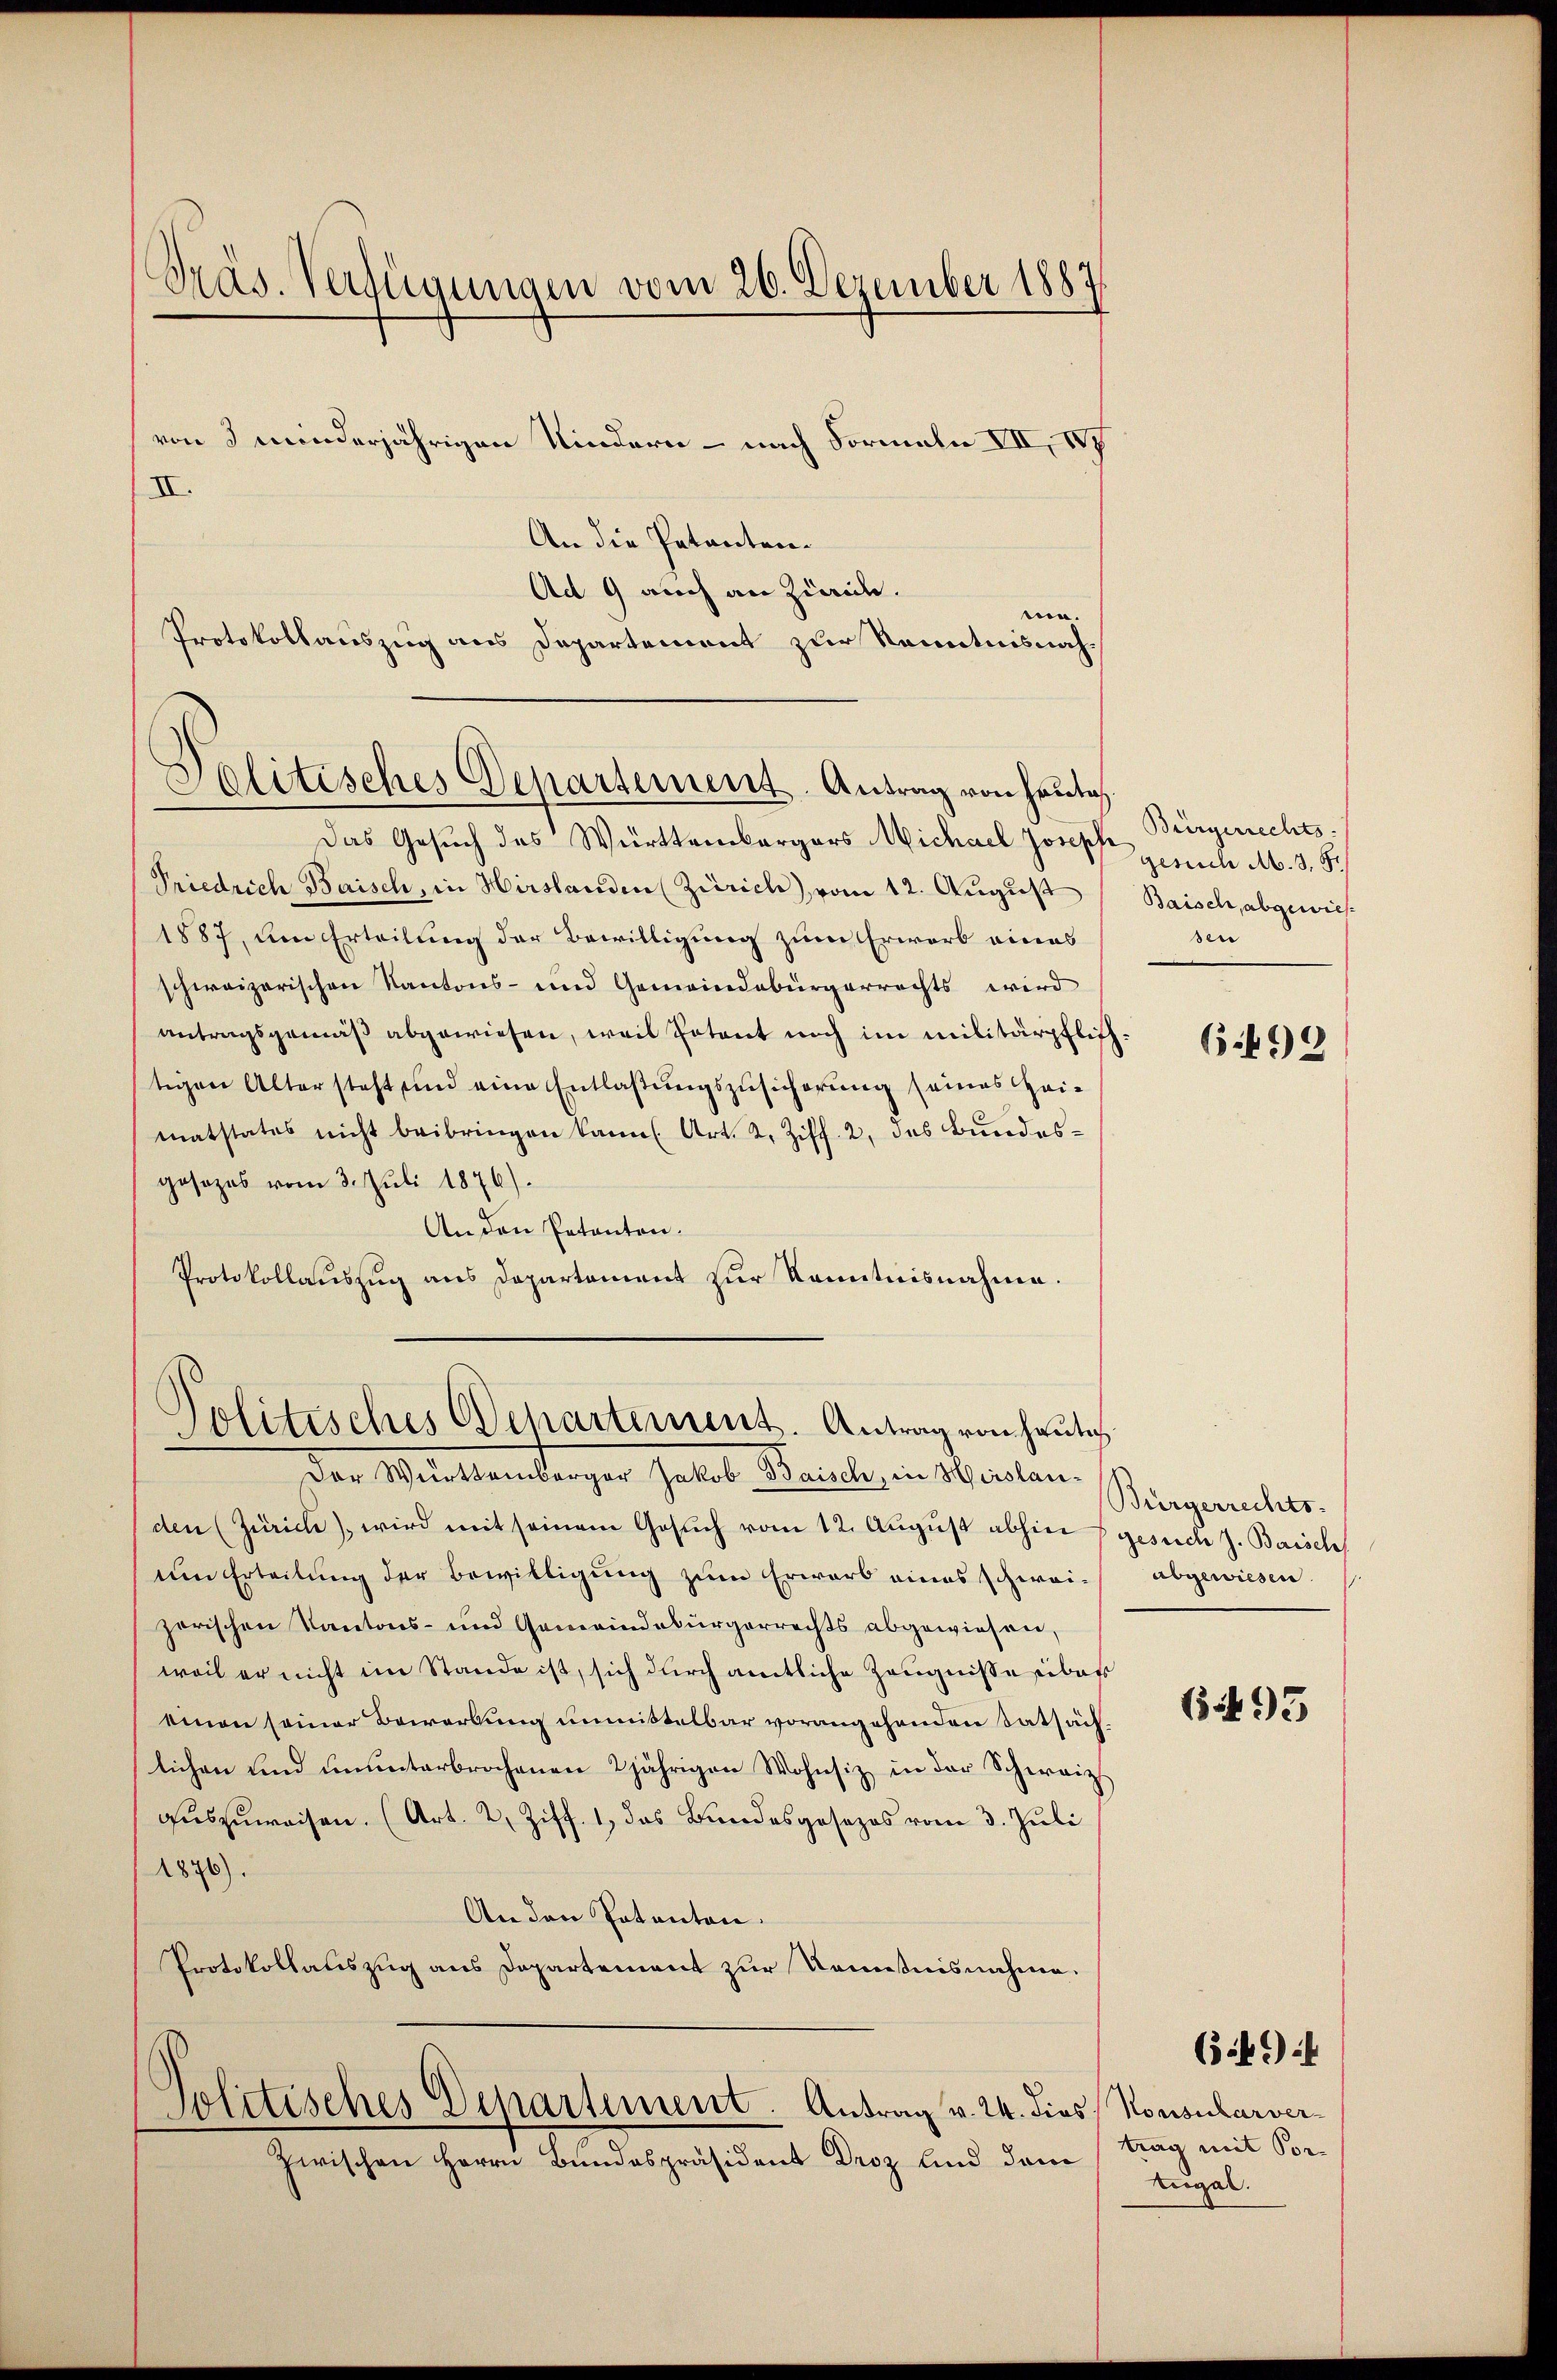
Präs. Verfügungen vom 26. Dezember 1887.

von 3 minderjährigen Kindern - nach Formale VII, IV 7
An die Patanten¬
Ad 9 auch an Zürich.
ni
Protokollauszug aus Departement zur Kenntnisnah¬
Das Gesuch des Württembergers Michael Josef ich M. v. 5.
Friedrich Baisch, in Hirslanden (Zürich), vom 12. August
1887, um Erteilung der Bewilligung zum Erwarb eines
schweizerischen Kantons- und Gemeindebürgerrechts wird
antragsgemäß abgewiesen, weil Potent noch im militärpflichtigen Alter steht und eine Entlaßungszusicherung seines Heimatstates nicht beibringen kann. Art. 2. Ziff. 2, des Bundesgesezes vom 3. Juli 1876).
An den Patenten.
Protokollauszug aus Departement zur Kenntnisnahme.

II.

Politisches Departement. Antrag von Heute

Politisches Departement. Antrag von heutig

Der Welttemberger Gata Weile, in Worten.
den (Zürich), wird mit seinem Gesuch vom 12. August abhin gesuch J. Baisch
um Erteilung der Bewilligung zum Erwarb eines schweizerischen Kantons- und Gemeindebürgerrechts abgewiesen,
weil er nicht im Stande ist, sich durch amtliche Zeugnisse siber
einen seiner Bewerbung unmittelbar vorangehenden Tatsächlichen und ununterbrochenen 2jährigen Wohnsiz in der Schweiz
auszuweisen. (Art. 2, Ziff. 1, das Bundesgosezes vom 3. Juli
1876).
An den Patenten.
Protokollauszug aus Departement zur Kenntnisnahme.

Politisches Departement. Antrag v. 24. dies Konsularver

Zwischen Herrn Bundespräsident Droz und dem

Bürgerrechts-
Baisch, abgewies
sen

6.499

Bürgerrechts-
abgewiesen

6493

(54.)

trag mit Vor-
Augal.